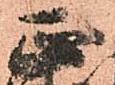
正